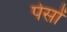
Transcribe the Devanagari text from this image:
पेसों